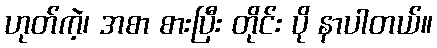
ဟုတ်ကဲ့၊ အစာ စားပြီး တိုင်း ပို နာပါတယ်။